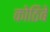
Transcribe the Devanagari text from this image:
कोठिंबे